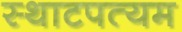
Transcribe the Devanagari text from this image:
स्थाटपत्यम